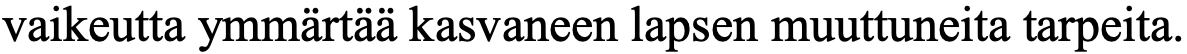
vaikeutta ymmärtää kasvaneen lapsen muuttuneita tarpeita.